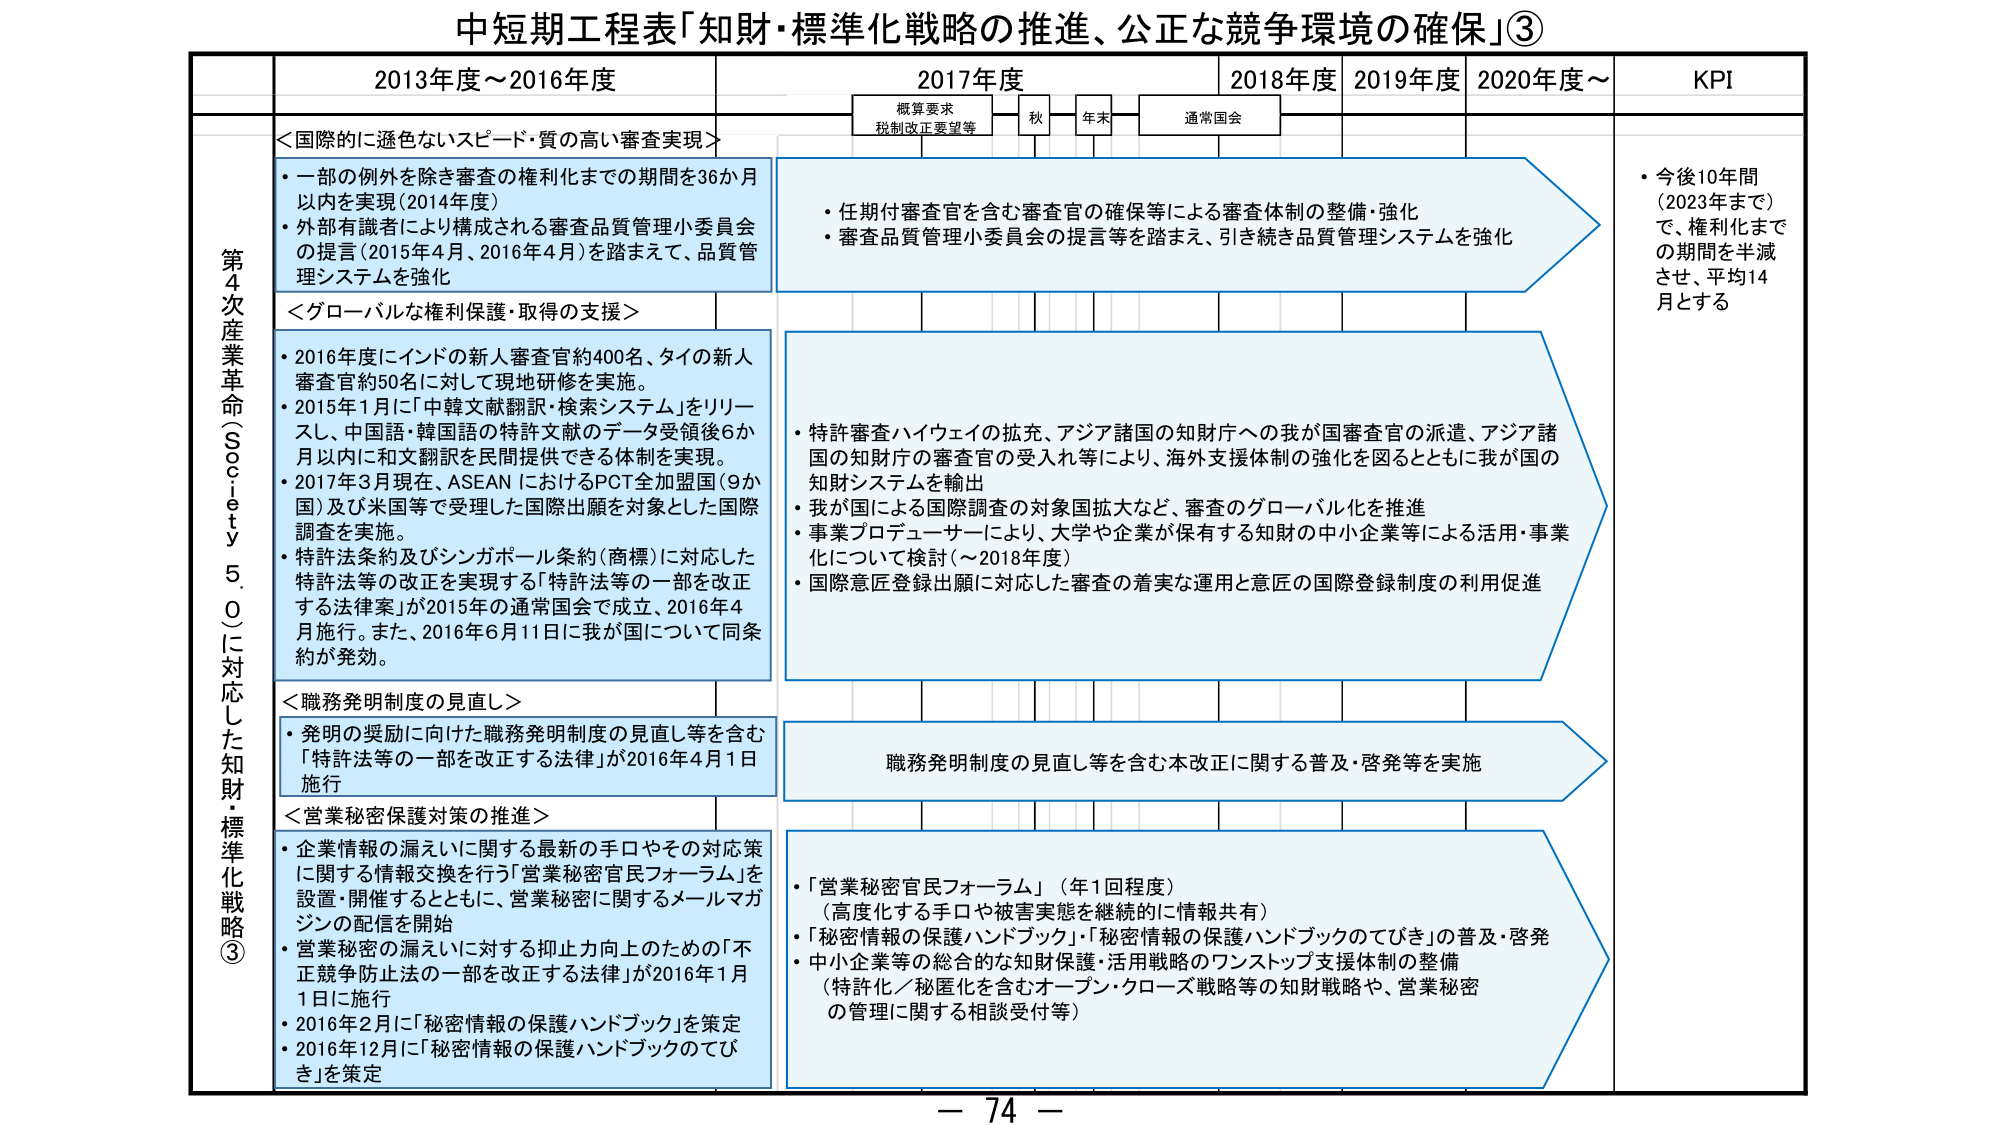
中短期工程表「知財・標準化戦略の推進、公正な競争環境の確保」③

2013年度～2016年度
2017年度
2018年度
2019年度
2020年度～
KPI

概算要求
税制改正要望等
秋
年末
通常国会

第4次産業革命（Society 5.0）に対応した知財・標準化戦略③

＜国際的に遜色ないスピード・質の高い審査実現＞
・一部の例外を除き審査の権利化までの期間を36か月以内を実現（2014年度）
・外部有識者により構成される審査品質管理小委員会の提言（2015年4月、2016年4月）を踏まえて、品質管理システムを強化

＜グローバルな権利保護・取得の支援＞
・2016年度にインドの新人審査官約400名、タイの新人審査官約50名に対して現地研修を実施。
・2015年1月に「中韓文献翻訳・検索システム」をリリースし、中国語・韓国語の特許文献のデータ受領後6か月以内に和文翻訳を民間提供できる体制を実現。
・2017年3月現在、ASEAN におけるPCT全加盟国（9か国）及び米国等で受理した国際出願を対象とした国際調査を実施。
・特許法条約及びシンガポール条約（商標）に対応した特許法等の改正を実現する「特許法等の一部を改正する法律案」が2015年の通常国会で成立、2016年4月施行。また、2016年6月11日に我が国について同条約が発効。

＜職務発明制度の見直し＞
・発明の奨励に向けた職務発明制度の見直し等を含む「特許法等の一部を改正する法律」が2016年4月1日施行

＜営業秘密保護対策の推進＞
・企業情報の漏えいに関する最新の手口やその対応策に関する情報交換を行う「営業秘密官民フォーラム」を設置・開催するとともに、営業秘密に関するメールマガジンの配信を開始
・営業秘密の漏えいに対する抑止力向上のための「不正競争防止法の一部を改正する法律」が2016年1月1日施行
・2016年2月に「秘密情報の保護ハンドブック」を策定
・2016年12月に「秘密情報の保護ハンドブックのてびき」を策定

・任期付審査官を含む審査官の確保等による審査体制の整備・強化
・審査品質管理小委員会の提言等を踏まえ、引き続き品質管理システムを強化

・特許審査ハイウェイの拡充、アジア諸国の知財庁への我が国審査官の派遣、アジア諸国の知財庁の審査官の受入れ等により、海外支援体制の強化を図るとともに我が国の知財システムを輸出
・我が国による国際調査の対象国拡大など、審査のグローバル化を推進
・事業プロデューサーにより、大学や企業が保有する知財の中小企業等による活用・事業化について検討（～2018年度）
・国際意匠登録出願に対応した審査の着実な運用と意匠の国際登録制度の利用促進

職務発明制度の見直し等を含む本改正に関する普及・啓発等を実施

・「営業秘密官民フォーラム」（年1回程度）
（高度化する手口や被害実態を継続的に情報共有）
・「秘密情報の保護ハンドブック」「秘密情報の保護ハンドブックのてびき」の普及・啓発
・中小企業等の総合的な知財保護・活用戦略のワンストップ支援体制の整備
（特許化／秘匿化を含むオープン・クローズ戦略等の知財戦略や、営業秘密の管理に関する相談受付等）

・今後10年間（2023年まで）で、権利化までの期間を半減させ、平均14月とする

－ 74 －